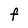
Character: F